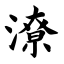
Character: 潦